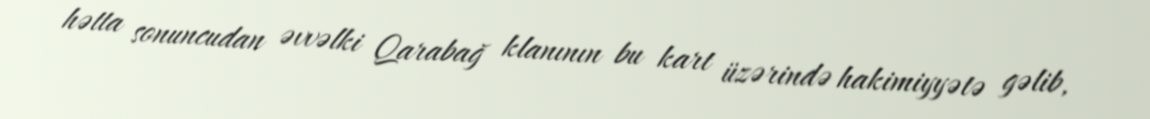
hətta sonuncudan əvvəlki Qarabağ klanının bu kart üzərində hakimiyyətə gəlib,